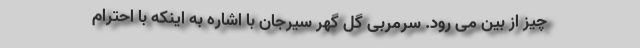
چیز از بین می رود. سرمربی گل گهر سیرجان با اشاره به اینکه با احترام